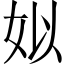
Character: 姒